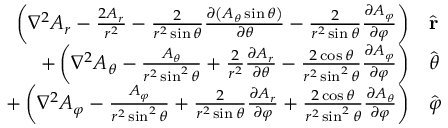
{ \begin{array} { r l } { \left( \nabla ^ { 2 } A _ { r } - { \frac { 2 A _ { r } } { r ^ { 2 } } } - { \frac { 2 } { r ^ { 2 } \sin \theta } } { \frac { \partial \left( A _ { \theta } \sin \theta \right) } { \partial \theta } } - { \frac { 2 } { r ^ { 2 } \sin \theta } } { \frac { \partial A _ { \varphi } } { \partial \varphi } } \right) } & { { \hat { \mathbf { r } } } } \\ { + \left( \nabla ^ { 2 } A _ { \theta } - { \frac { A _ { \theta } } { r ^ { 2 } \sin ^ { 2 } \theta } } + { \frac { 2 } { r ^ { 2 } } } { \frac { \partial A _ { r } } { \partial \theta } } - { \frac { 2 \cos \theta } { r ^ { 2 } \sin ^ { 2 } \theta } } { \frac { \partial A _ { \varphi } } { \partial \varphi } } \right) } & { { \hat { \boldsymbol { \theta } } } } \\ { + \left( \nabla ^ { 2 } A _ { \varphi } - { \frac { A _ { \varphi } } { r ^ { 2 } \sin ^ { 2 } \theta } } + { \frac { 2 } { r ^ { 2 } \sin \theta } } { \frac { \partial A _ { r } } { \partial \varphi } } + { \frac { 2 \cos \theta } { r ^ { 2 } \sin ^ { 2 } \theta } } { \frac { \partial A _ { \theta } } { \partial \varphi } } \right) } & { { \hat { \boldsymbol { \varphi } } } } \end{array} }